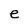
Character: e